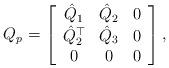
LaTeX: \begin{align*}Q_{p}=\left[\begin{array}{ccc}\hat{Q}_{1} & \hat{Q}_{2} & 0\\\hat{Q}_{2}^{\top} & \hat{Q}_{3} & 0\\0 & 0 & 0\end{array}\right],\end{align*}